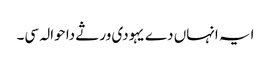
ایہ انہاں دے یہودی ورثے دا حوالہ سی۔